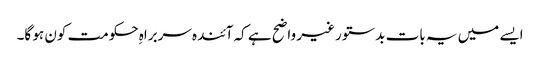
ایسے میں یہ بات بدستور غیر واضح ہے کہ آئندہ سربراہِ حکومت کون ہو گا۔